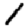
Digit: 1